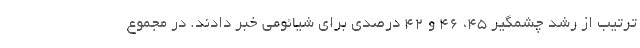
ترتیب از رشد چشمگیر 45، 46 و 42 درصدی برای شیائومی خبر دادند. در مجموع